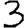
Digit: 3